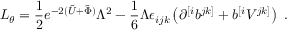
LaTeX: { \cal { L } } _ { \theta } = { \frac { 1 } { 2 } } e ^ { - 2 ( \tilde { U } + \tilde { \Phi } ) } \Lambda ^ { 2 } - { \frac { 1 } { 6 } } \Lambda \epsilon _ { i j k } \left( \partial ^ { [ i } b ^ { j k ] } + b ^ { [ i } V ^ { j k ] } \right) \ .